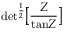
\mathrm { d e t } ^ { { \frac { 1 } { 2 } } } \bigl \lbrack \frac { \cal Z } { \mathrm { t a n } { \cal Z } } \bigr \rbrack